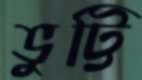
ভুট্টি